Epidemic dropsy in Calcutta - Number 49
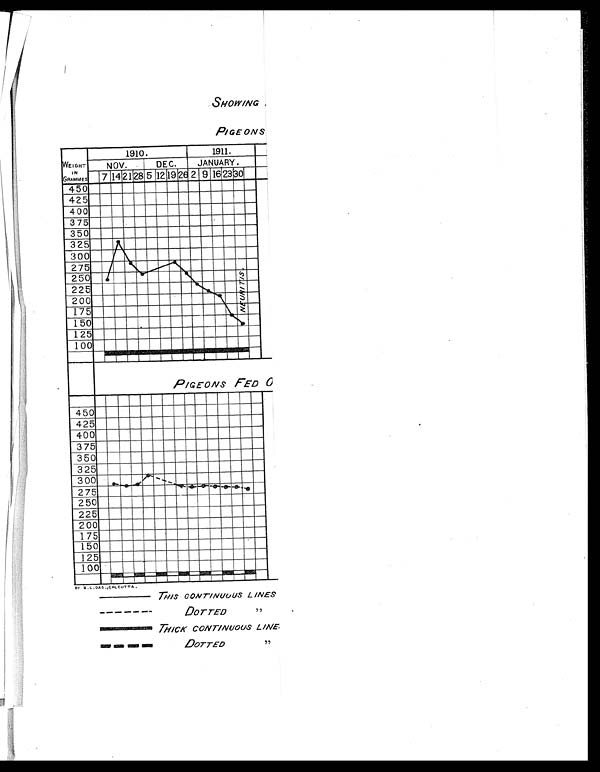
SHOWING
PIGEONS
PIGEONS FED O
BY B.L. DAS., CALCUTTA.
THIS CONTINUOUS LINES
DOTTED , ,
THICK CONTINUOUS LINE
DOTTED , ,